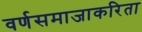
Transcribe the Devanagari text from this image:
वर्णसमाजाकरिता